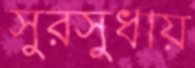
সুরসুধায়